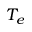
T _ { e }